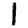
Digit: 1